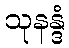
သုနန္ဒံ